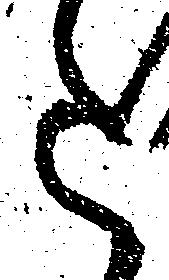
た